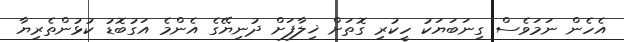
އެހެން ނަމަވެސް ގިނަބަޔަކު ހީކުރި ގޮތަށް ޚިލާފަށް ދުނިޔޭގެ އެންމެ އަގުބޮޑު ކުޅުންތެރިޔާ